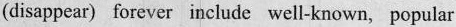
(disappear) forever include well-known, popular